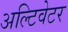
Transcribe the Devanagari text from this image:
अल्टिवेटर